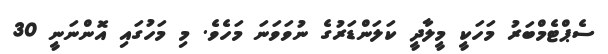
ސެޕްޓެމްބަރު މަހަކީ މީލާދީ ކަލަންޑަރުގެ ނުވަވަނަ މަހެވެ. މި މަހުގައި އޮންނަނީ 30